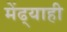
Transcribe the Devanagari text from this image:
मेंढ्याही